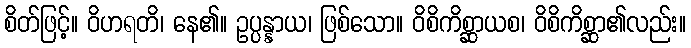
စိတ်ဖြင့်။ ဝိဟရတိ၊ နေ၏။ ဥပ္ပန္နာယ၊ ဖြစ်သော။ ဝိစိကိစ္ဆာယစ၊ ဝိစိကိစ္ဆာ၏လည်း။